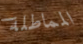
المماطلة